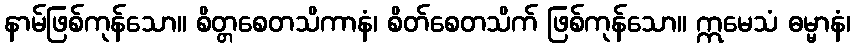
နာမ်ဖြစ်ကုန်သော။ စိတ္တစေတသိကာနံ၊ စိတ်စေတသိက် ဖြစ်ကုန်သော။ ဣမေသံ ဓမ္မာနံ၊